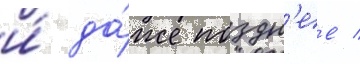
и́ да́же поздн'ее /